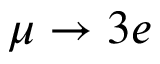
\mu \to 3 e